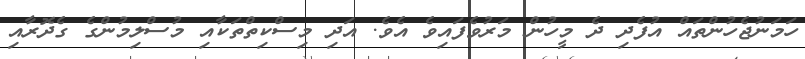
ހަމަނުޖެހުންތައް އުފެދި ދެ މީހުން މަރުވެފައިވެ އެވެ. އަދި މިސްކިތްތަކާއި މުސްލިމުންގެ ގެދޮރާއި